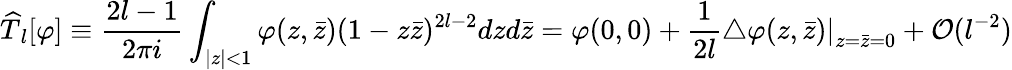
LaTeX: {\widehat T}{}_{l}[\varphi]\equiv\frac{2l-1}{2\pi i}\int_{|z|<1}\varphi(z,\bar{z})(1-z\bar{z})^{2l-2}dzd\bar{z}=\varphi(0,0)+\frac{1}{2l}\left.\bigtriangleup\varphi(z,\bar{z})\right|_{\scriptstyle z=\bar{z}=0}+{\cal O}(l^{-2})